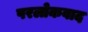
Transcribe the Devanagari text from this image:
परलोकवाद